Indian journal of veterinary science and animal husbandry - Volume 5,
Year: 1935
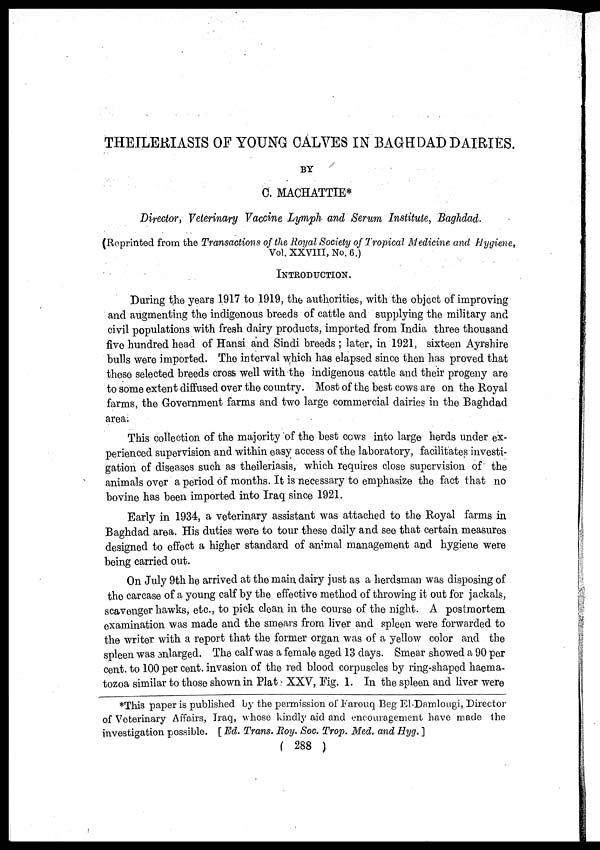
THEILERIASIS OF YOUNG CALVES IN BAGHDAD DAIRIES.
BY
C. MACHATTIE*
Director, Veterinary Vaccine Lymph and Serum Institute, Baghdad.
(Reprinted from the Transactions of the Royal Society of Tropical Medicine and Hygiene,
Vol. XXVIII.No. 6.)
INTRODUCTION.
During the years 1917 to 1919, the authorities, with the object of improving
and augmenting the indigenous breeds of cattle and supplying the military and
civil populations with fresh dairy products, imported from India three thousand
five hundred head of Hansi and Sindi breeds; later, in 1921, sixteen Ayrshire
bulls were imported. The interval which has elapsed since then has proved that
these selected breeds cross well with the indigenous cattle and their progeny are
to some extent diffused over the country. Most of the best cows are on the Royal
farms, the Government farms and two large commercial dairies in the Baghdad
area.
This collection of the majority of the best cows into large herds under ex-
perienced supervision and within easy access of the laboratory, facilitates investi-
gation of diseases such as theileriasis, which requires close supervision of the
animals over a period of months. It is necessary to emphasize the fact that no
bovine has been imported into Iraq since 1921.
Early in 1934, a veterinary assistant was attached to the Royal farms in
Baghdad area. His duties were to tour these daily and see that certain measures
designed to effect a higher standard of animal management and hygiene were
being carried out.
On July 9th he arrived at the main dairy just as a herdsman was disposing of
the carcase of a young calf by the effective method of throwing it out for jackals,
scavenger hawks, etc., to pick clean in the course of the night. A postmortem
examination was made and the smears from liver and spleen were forwarded to
the writer with a report that the former organ was of a yellow color and the
spleen was enlarged. The calf was a female aged 13 days. Smear showed a 90 per
cent. to 100 per cent. invasion of the red blood corpuscles by ring-shaped haema¬
tozoa similar to those shown in Plat XXV, Fig. 1. In the spleen and liver were
*This paper is published by the permission of Farouq Beg El-Damlougi, Director
of Veterinary Affairs, Iraq, whose kindly aid and encouragement have made the
investigation possible. [ Ed. Trans. Roy. Soc. Trop. Med. and Hyg. ]
( 288 )